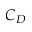
C _ { D }